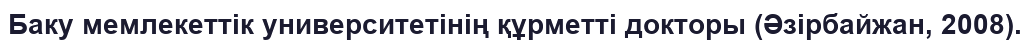
Баку мемлекеттік университетінің құрметті докторы (Әзірбайжан, 2008).